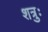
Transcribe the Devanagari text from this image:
शत्रुः